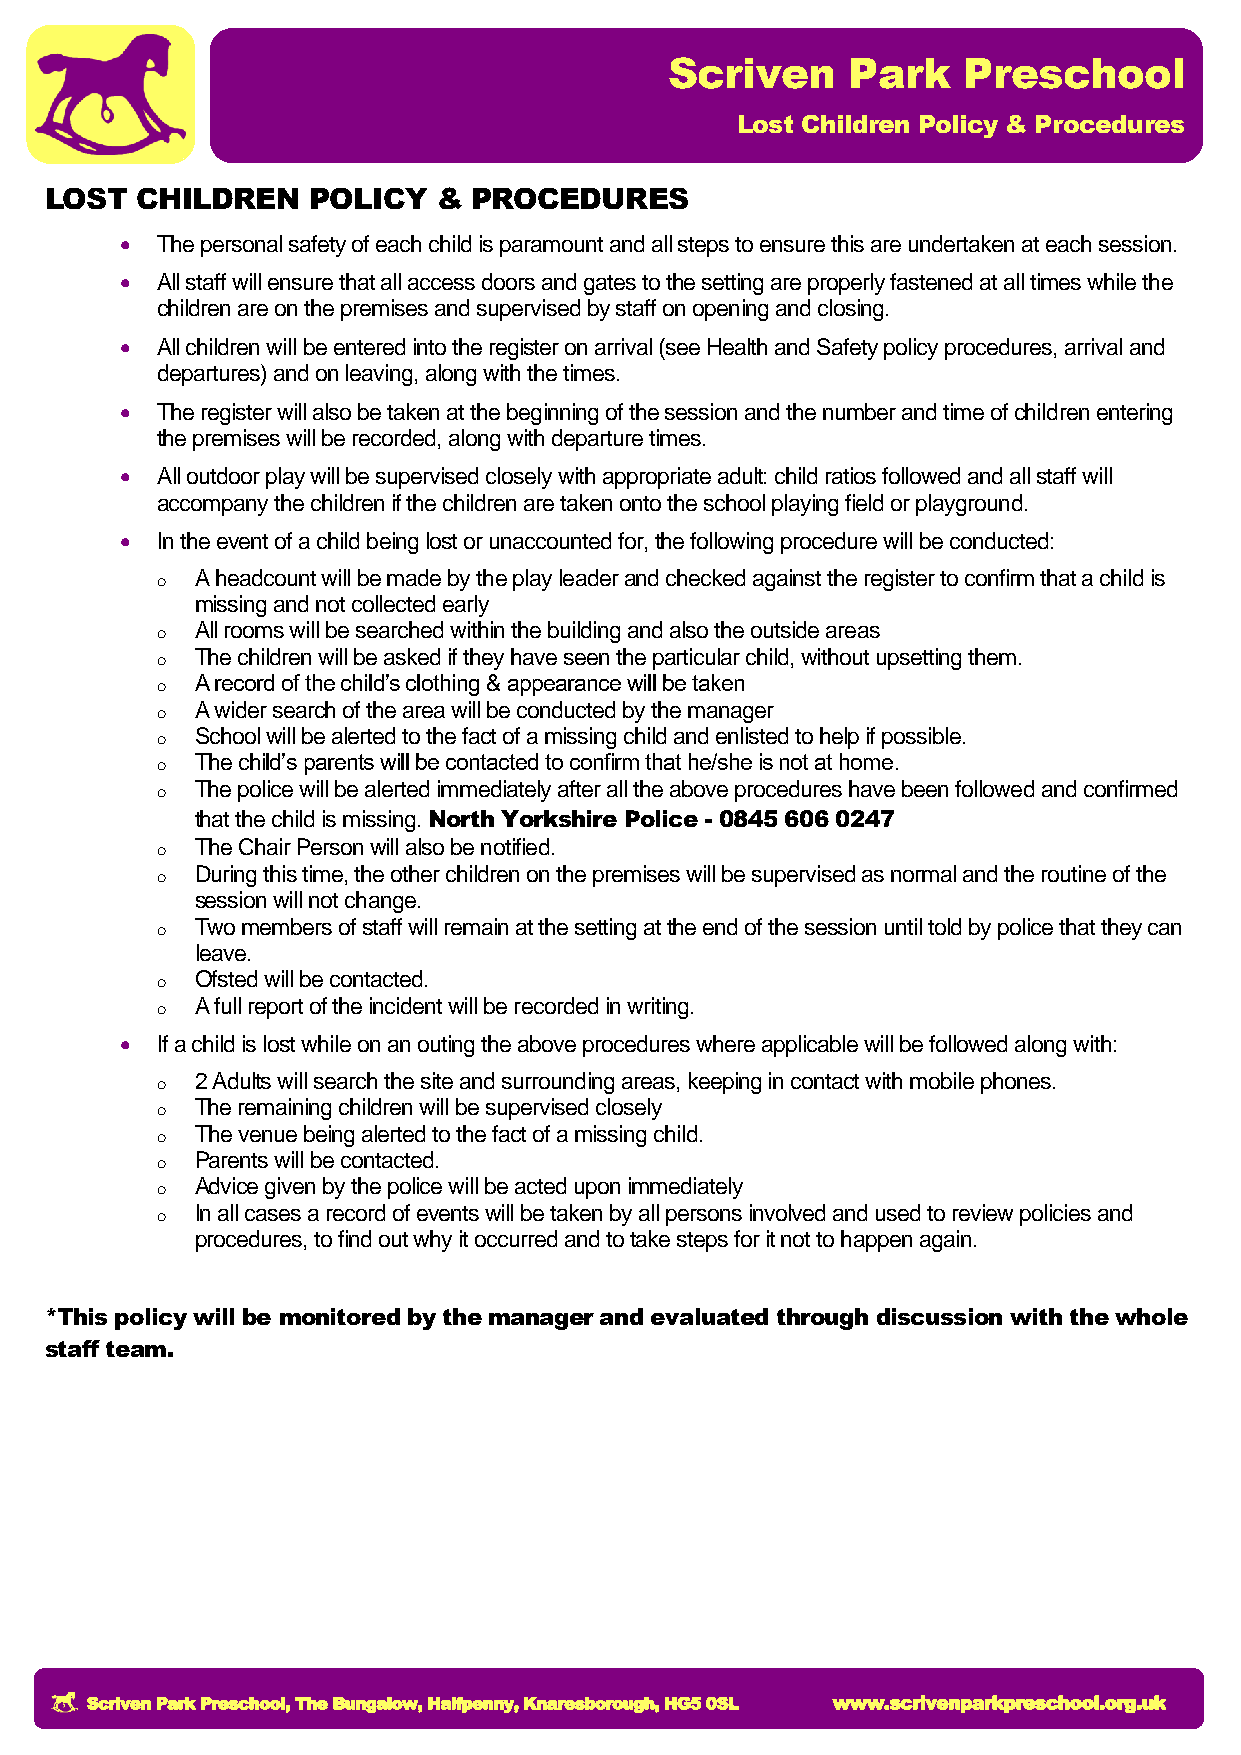
Scriven     Park    Preschool
 Lost Children Policy & Procedures
 LOST  CHILDREN   POLICY   & PROCEDURES
  The personal safety of each child is paramount and all steps to ensure this are undertaken at each session.
  All staff will ensure that all access doors and gates to the setting are properly fastened at all times while the
 children are on the premises and supervised by staff on opening and closing.
  All children will be entered into the register on arrival (see Health and Safety policy procedures, arrival and
 departures) and on leaving, along with the times.
  The register will also be taken at the beginning of the session and the number and time of children entering
 the premises will be recorded, along with departure times.
  All outdoor play will be supervised closely with appropriate adult: child ratios followed and all staff will
 accompany the children if the children are taken onto the school playing field or playground.
  In the event of a child being lost or unaccounted for, the following procedure will be conducted:
 o  A headcount will be made by the play leader and checked against the register to confirm that a child is
 missing and not collected early
 o  All rooms will be searched within the building and also the outside areas
 o  The children will be asked if they have seen the particular child, without upsetting them.
 o  A record of the child’s clothing & appearance will be taken
 o  A wider search of the area will be conducted by the manager
 o  School will be alerted to the fact of a missing child and enlisted to help if possible.
 o  The child’s parents will be contacted to confirm that he/she is not at home.
 o  The police will be alerted immediately after all the above procedures have been followed and confirmed
 that the child is missing. North Yorkshire Police - 0845 606 0247
 o  The Chair Person will also be notified.
 o  During this time, the other children on the premises will be supervised as normal and the routine of the
 session will not change.
 o  Two members of staff will remain at the setting at the end of the session until told by police that they can
 leave.
 o  Ofsted will be contacted.
 o  A full report of the incident will be recorded in writing.
  If a child is lost while on an outing the above procedures where applicable will be followed along with:
 o  2 Adults will search the site and surrounding areas, keeping in contact with mobile phones.
 o  The remaining children will be supervised closely
 o  The venue being alerted to the fact of a missing child.
 o  Parents will be contacted.
 o  Advice given by the police will be acted upon immediately
 o  In all cases a record of events will be taken by all persons involved and used to review policies and
 procedures, to find out why it occurred and to take steps for it not to happen again.
 *This policy will be monitored by the manager and evaluated through discussion with the whole
 staff team.
 Scriven Park Preschool, The Bungalow, Halfpenny, Knaresborough, HG5 0SL www.scrivenparkpreschool.org.uk